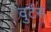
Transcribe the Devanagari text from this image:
वुर्टस